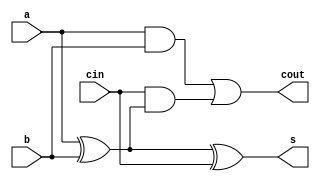
//Function	: 
//read more, please refer to wechat public account "zhishangtanxin"
module full_adder(
    input a,
    input b,
    input cin,
    output cout,
    output s
);

assign s = a ^ b ^ cin;
assign cout = a & b | (cin & (a ^ b));

endmodule